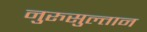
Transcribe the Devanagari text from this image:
नुरुसुल्तान